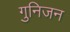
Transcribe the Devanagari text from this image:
गुनिजन